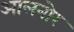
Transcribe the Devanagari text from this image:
आलनोर